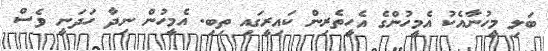
ބަލި މީހުނާއެކު އެމީހުންގެ އެހީތެރިން ކައިރީގައި ތިބި. އެމީހުން ނިދާ ހަދަނީ ވެސް